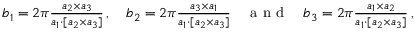
\begin{array} { r } { \boldsymbol b _ { 1 } = 2 \pi \frac { \boldsymbol a _ { 2 } \times \boldsymbol a _ { 3 } } { \boldsymbol a _ { 1 } \cdot [ \boldsymbol a _ { 2 } \times \boldsymbol a _ { 3 } ] } \, , \quad \boldsymbol b _ { 2 } = 2 \pi \frac { \boldsymbol a _ { 3 } \times \boldsymbol a _ { 1 } } { \boldsymbol a _ { 1 } \cdot [ \boldsymbol a _ { 2 } \times \boldsymbol a _ { 3 } ] } \quad \mathrm { ~ a ~ n ~ d ~ } \quad \boldsymbol b _ { 3 } = 2 \pi \frac { \boldsymbol a _ { 1 } \times \boldsymbol a _ { 2 } } { \boldsymbol a _ { 1 } \cdot [ \boldsymbol a _ { 2 } \times \boldsymbol a _ { 3 } ] } \, , } \end{array}